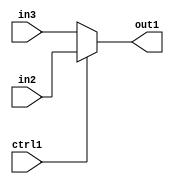
`timescale 1ps / 1ps
/*****************************************************************************
    Verilog RTL Description
    
    
    Created by: Stratus DpOpt 21.05.01 
*******************************************************************************/

module SobelFilter_N_Mux_24_2_3_1 (
	in3,
	in2,
	ctrl1,
	out1
	); /* architecture "behavioural" */ 
input [23:0] in3,
	in2;
input  ctrl1;
output [23:0] out1;
wire [23:0] asc001;

reg [23:0] asc001_tmp_0;
assign asc001 = asc001_tmp_0;
always @ (ctrl1 or in2 or in3) begin
	case (ctrl1)
		1'B1 : asc001_tmp_0 = in2 ;
		default : asc001_tmp_0 = in3 ;
	endcase
end

assign out1 = asc001;
endmodule

/* CADENCE  uLP0Qgo= : u9/ySxbfrwZIxEzHVQQV8Q== ** DO NOT EDIT THIS LINE ******/